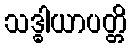
သဒ္ဓါယာပတ္တိ